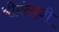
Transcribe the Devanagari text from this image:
श्रीमंतानी